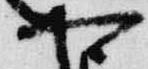
可